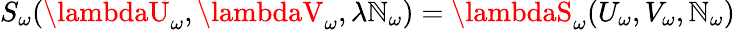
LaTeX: S_{\omega}(\lambdaU_{\omega},\lambdaV_{\omega},{\lambda\mathbb{N}_{\omega}})=\lambdaS_{\omega}(U_{\omega},V_{\omega},{\mathbb{N}_{\omega}})